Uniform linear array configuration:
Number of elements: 32
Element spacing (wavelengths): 1
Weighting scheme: cosine
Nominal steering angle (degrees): -45
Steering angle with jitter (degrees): -43.061
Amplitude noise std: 0.05
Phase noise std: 0.05

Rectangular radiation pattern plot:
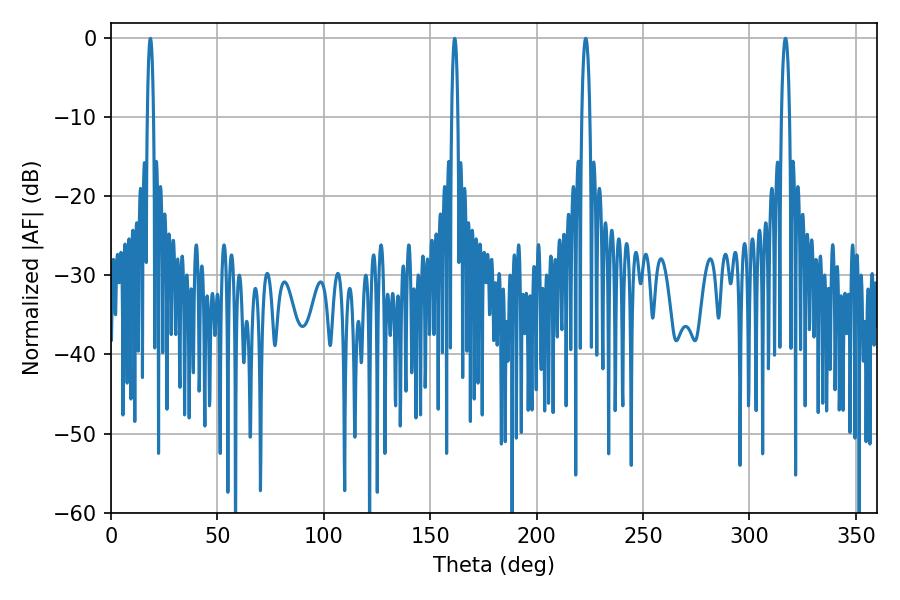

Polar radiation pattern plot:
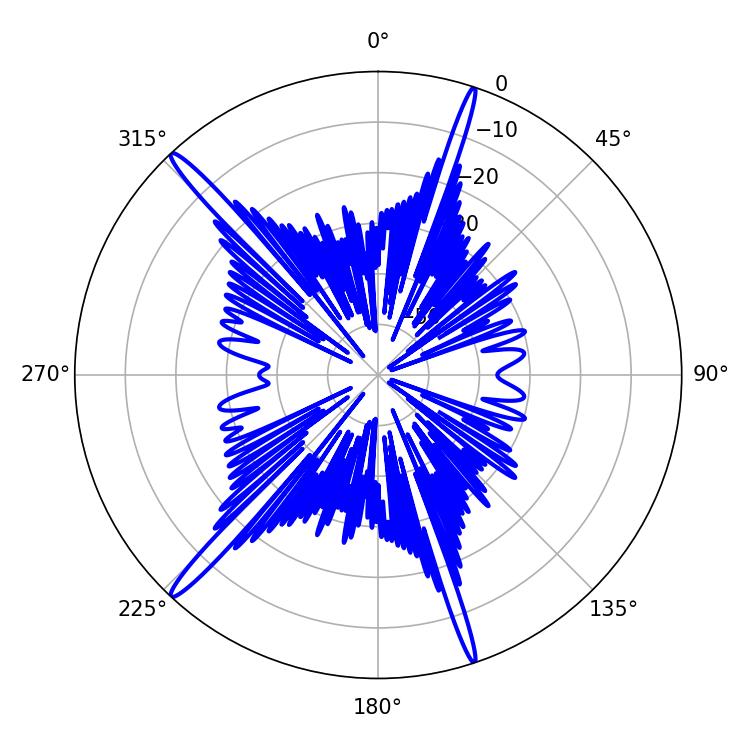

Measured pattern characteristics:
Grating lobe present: TRUE
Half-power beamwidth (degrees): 1.98
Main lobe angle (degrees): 223.02